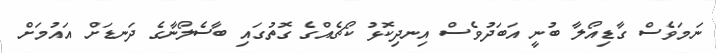
ނަމަވެސް ގާޑިއޯލާ ބުނީ އަބަދުވެސް އިނދިކޮޅު ކޯޗެއްގެ ގޮތުގައި ބާސެލޯނާގެ ދަނޑަށް އައުމަށް